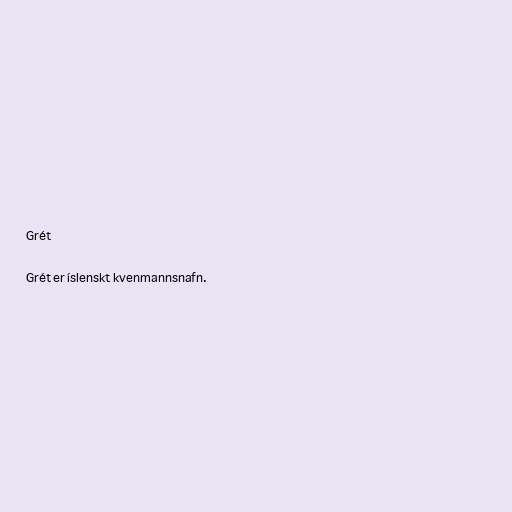
Grét

Grét er íslenskt kvenmannsnafn.